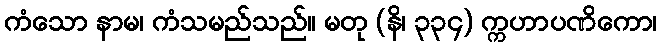
ကံသော နာမ၊ ကံသမည်သည်။ မတု (နိ၊ ၃၃၄) က္ကဟာပဏိကော၊